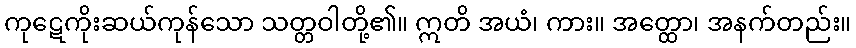
ကုဋေကိုးဆယ်ကုန်သော သတ္တဝါတို့၏။ ဣတိ အယံ၊ ကား။ အတ္ထော၊ အနက်တည်း။